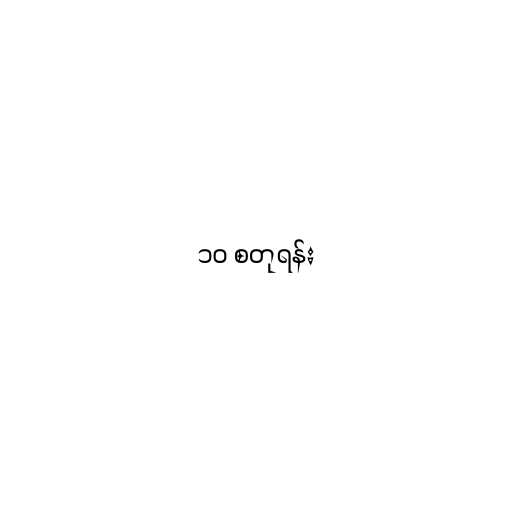
၁၀ စတုရန်း